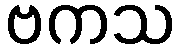
ဗကသ